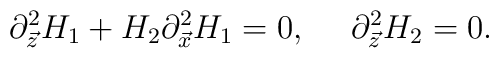
\partial^2_{\vec{z}}H_1+H_2\partial^2_{\vec{x}}H_1=0, \ \ \ \  \partial^2_{\vec{z}}H_2=0.